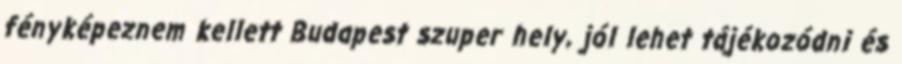
fényképeznem kellett Budapest szuper hely, jól lehet tájékozódni és